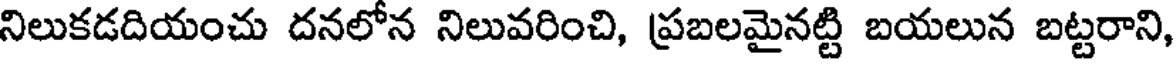
నిలుకడదియంచు దనలోన నిలువరించి, ప్రబలమైనట్టి బయలున బట్టరాని,